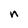
Character: n